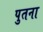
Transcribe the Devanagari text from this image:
पुतना